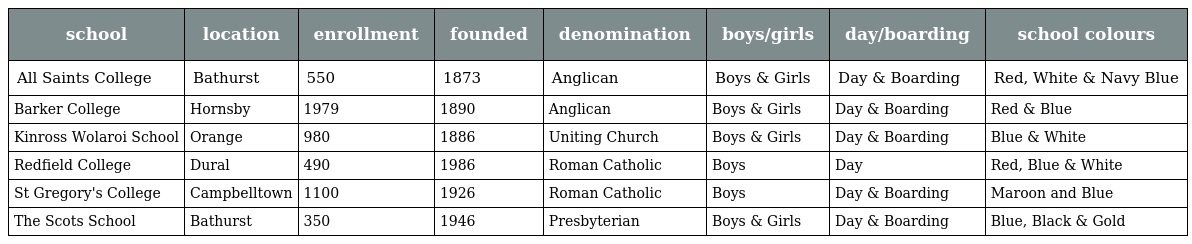
| school | location | enrollment | founded | denomination | boys/girls | day/boarding | school colours |
 | --- | --- | --- | --- | --- | --- | --- | --- |
 | All Saints College | Bathurst | 550 | 1873 | Anglican | Boys & Girls | Day & Boarding | Red, White & Navy Blue |
 | Barker College | Hornsby | 1979 | 1890 | Anglican | Boys & Girls | Day & Boarding | Red & Blue |
 | Kinross Wolaroi School | Orange | 980 | 1886 | Uniting Church | Boys & Girls | Day & Boarding | Blue & White |
 | Redfield College | Dural | 490 | 1986 | Roman Catholic | Boys | Day | Red, Blue & White |
 | St Gregory's College | Campbelltown | 1100 | 1926 | Roman Catholic | Boys | Day & Boarding | Maroon and Blue |
 | The Scots School | Bathurst | 350 | 1946 | Presbyterian | Boys & Girls | Day & Boarding | Blue, Black & Gold |